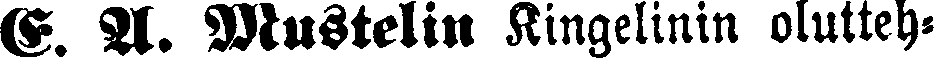
E. A. Mustelin Kingelinin olutteh-